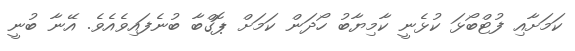
ކަމަށާއި ފުޓްބޯޅަ ކުޅެނީ ކާމިޔާބު ހޯދަން ކަމަށް ޕޮގްބާ ބުނެފައިވެއެވެ. އޭނާ ބުނީ